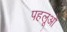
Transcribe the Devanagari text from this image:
पहलूओ